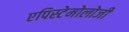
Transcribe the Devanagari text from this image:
एपिस्टेमोलोजी